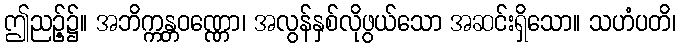
ဤညဉ့်၌။ အဘိက္ကန္တဝဏ္ဏော၊ အလွန်နှစ်လိုဖွယ်သော အဆင်းရှိသော။ သဟံပတိ၊